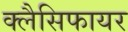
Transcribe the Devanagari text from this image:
क्लैसिफायर